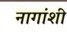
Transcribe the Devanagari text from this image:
नागांशी